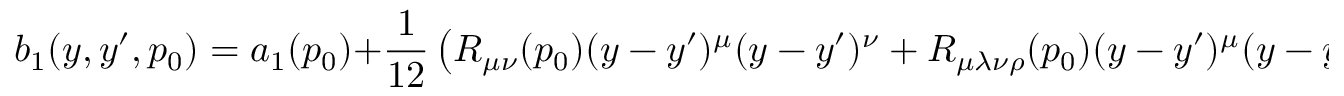
b _ { 1 } ( y , y ^ { \prime } , p _ { 0 } ) = a _ { 1 } ( p _ { 0 } ) + { \frac { 1 } { 1 2 } } \left( R _ { \mu \nu } ( p _ { 0 } ) ( y - y ^ { \prime } ) ^ { \mu } ( y - y ^ { \prime } ) ^ { \nu } + R _ { \mu \lambda \nu \rho } ( p _ { 0 } ) ( y - y ^ { \prime } ) ^ { \mu } ( y - y ^ { \prime } ) ^ { \nu } y ^ { \lambda } y ^ { \rho } \right)